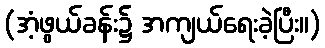
(အံ့ဖွယ်ခန်း၌ အကျယ်ရေးခဲ့ပြီး။)